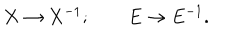
X \rightarrow X ^ { - 1 } ; \qquad E \rightarrow E ^ { - 1 } .